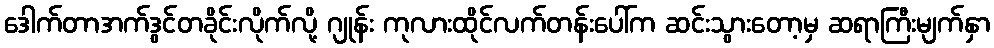
ဒေါက်တာအက်ဒွင်တခိုင်းလိုက်လို့ ဂျုန်း ကုလားထိုင်လက်တန်းပေါ်က ဆင်းသွားတော့မှ ဆရာကြီးမျက်နှာ